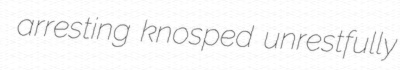
arresting knosped unrestfully